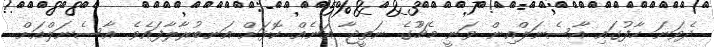
ދެވަނަ ހާފުގައި އާސެނަލްއިން ވަނީ މެޗުުގެ ނަތީޖާ އަނެއް ކޮޅަށް އަނބުރާލާފައެވެ. އާސެނަލްއަށް